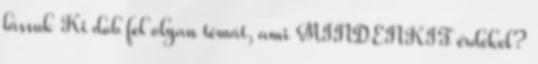
lássuk Ki dob fel olyan témát, ami MINDENKIT érdekel?